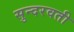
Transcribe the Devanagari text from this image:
सुन्दरवती